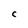
Character: C